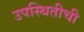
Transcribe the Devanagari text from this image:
उपस्थितीची